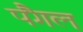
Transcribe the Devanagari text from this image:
पैंगल